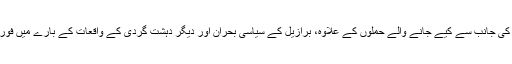
ڈیٹامائنر نے داعش کے شدت پسند گروپ کی جانب سے کیے جانے والے حملوں کے علاوہ، برازیل کے سیاسی بحران اور دیگر دہشت گردی کے واقعات کے بارے میں فوری ’ریئل ٹائم‘ معلومات بھی فراہم کی تھی۔